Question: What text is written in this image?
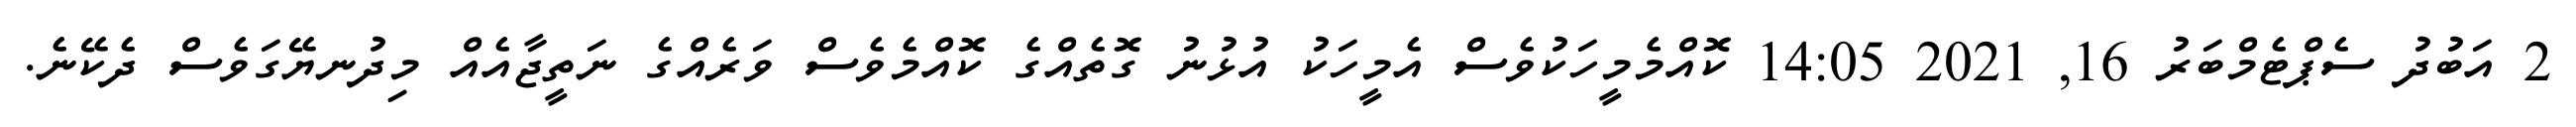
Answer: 2 އަބުދު ސެޕްޓެމްބަރު 16, 2021 14:05 ކޮއްމެމީހަކުވެސް އެމީހަކު އުޅުނު ގޮތެއްގެ ކޮއްމެވެސް ވަރެއްގެ ނަތީޖާއެއް މިދުނޔޭގަވެސް ދެކޭނެ.